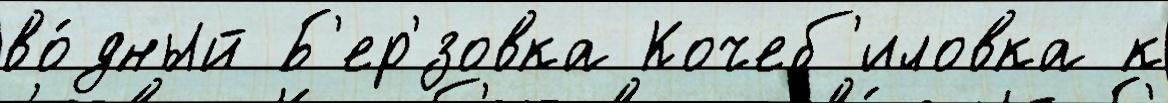
во́дный Б'ер'́зовка Кочеб'иловка к